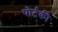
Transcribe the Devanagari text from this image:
पोर्टकी